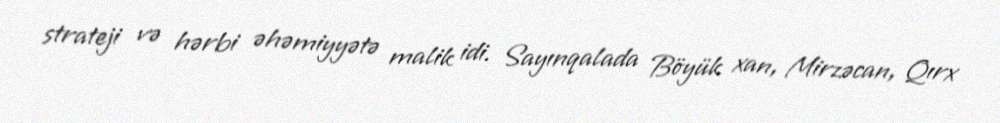
strateji və hərbi əhəmiyyətə malik idi. Sayınqalada Böyük xan, Mirzəcan, Qırx